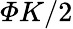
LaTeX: \varPhi K/2